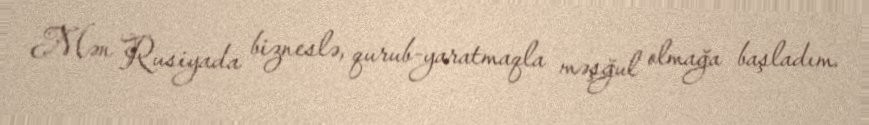
Mən Rusiyada bizneslə, qurub-yaratmaqla məşğul olmağa başladım.